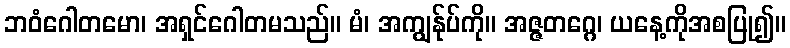
ဘဝံဂေါတမော၊ အရှင်ဂေါတမသည်။ မံ၊ အကျွန်ုပ်ကို။ အဇ္ဇတဂ္ဂေ၊ ယနေ့ကိုအစပြု၍။